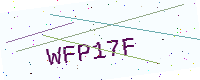
Text: WFP17F